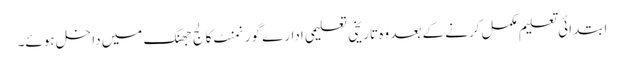
ابتدائی تعلیم مکمل کرنے کے بعد وہ تاریخی تعلیمی ادارے گورنمنٹ کالج جھنگ میں داخل ہوئے۔